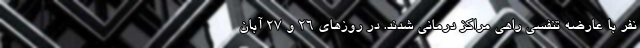
نفر با عارضه تنفسی راهی مراکز درمانی شدند. در روزهای ۲۶ و ۲۷ آبان